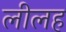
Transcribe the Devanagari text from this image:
लीलह